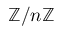
\mathbb { Z } / n \mathbb { Z }